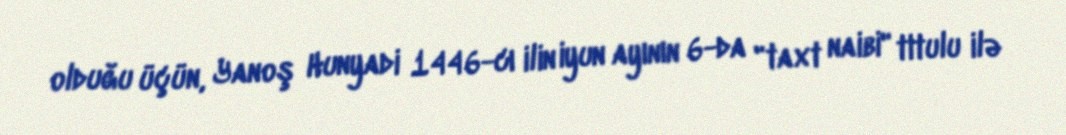
olduğu üçün, Yanoş Hunyadi 1446-cı ilin iyun ayının 6-da "taxt naibi" titulu ilə